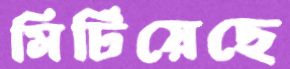
মিটিয়েছে